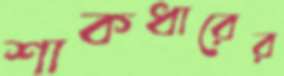
শাকধারের